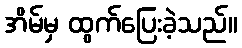
အိမ်မှ ထွက်ပြေးခဲ့သည်။